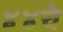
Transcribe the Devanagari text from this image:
४४चे